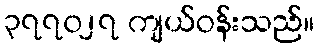
၃၇၇၀၂၇ ကျယ်ဝန်းသည်။